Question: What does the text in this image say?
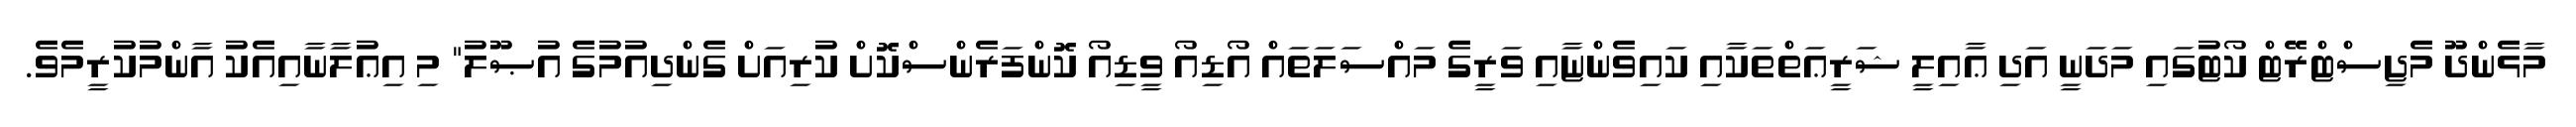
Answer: މާޅެންދޫ މެޖިސްޓްރޭޓް ކޯޓުގައި މަދަނީ އަދި ޢާއިލީ ޝަރީޢަތްތަކާއި ކައިވެންޏާއި ވަރީގެ މައްސަލަތައް އޯޑިއޯ ވީޑިއޯ ކޮންފަރެންސްކޮށް ކުރިއަށް ގެންދިއުމުގެ އުޞޫލު" މި އިޢުލާނާއިއެކު އާންމުކުރީމެވެ.